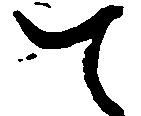
て